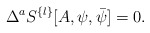
\begin{align*} \Delta^a S^{\{l\}}[A,\psi,\bar\psi] = 0.\end{align*}